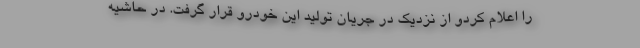
را اعلام کردو از نزدیک در جریان تولید این خودرو قرار گرفت. در حاشیه